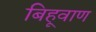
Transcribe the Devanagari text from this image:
बिहूवाण